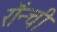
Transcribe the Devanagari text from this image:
रॉन्ची